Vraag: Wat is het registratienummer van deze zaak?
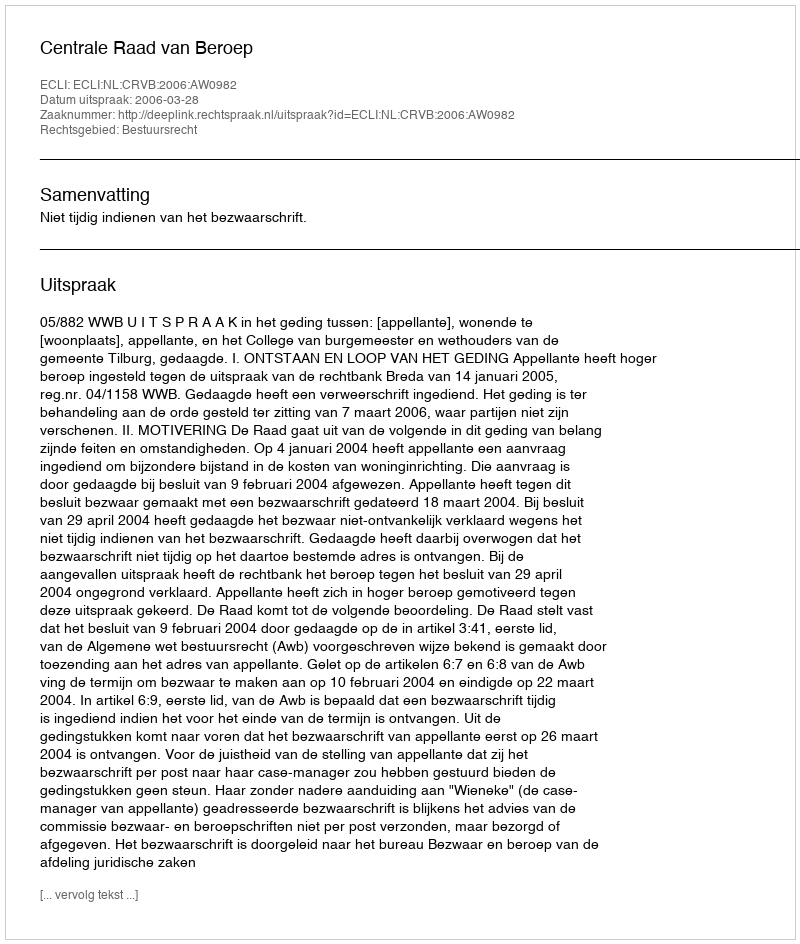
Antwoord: http://deeplink.rechtspraak.nl/uitspraak?id=ECLI:NL:CRVB:2006:AW0982